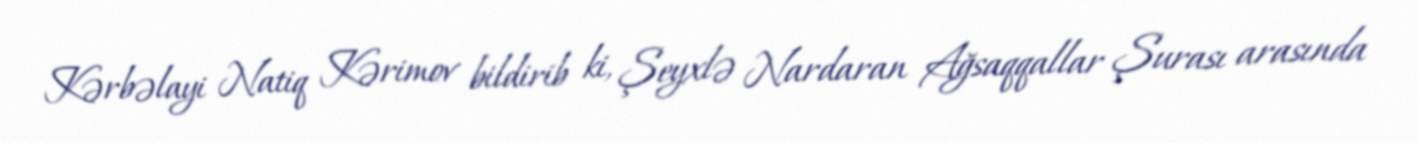
Kərbəlayi Natiq Kərimov bildirib ki, Şeyxlə Nardaran Ağsaqqallar Şurası arasında